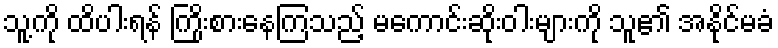
သူ့ကို ထိပါးရန် ကြိုးစားနေကြသည့် မကောင်းဆိုးဝါးများကို သူ၏ အနိုင်မခံ